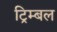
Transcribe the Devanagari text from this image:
ट्रिम्बल